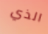
الذي